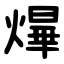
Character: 㷸